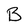
Character: B